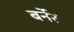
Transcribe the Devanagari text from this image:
बर्नेर